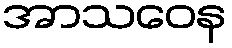
အာသဝေန